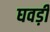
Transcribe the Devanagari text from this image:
घवड़ी